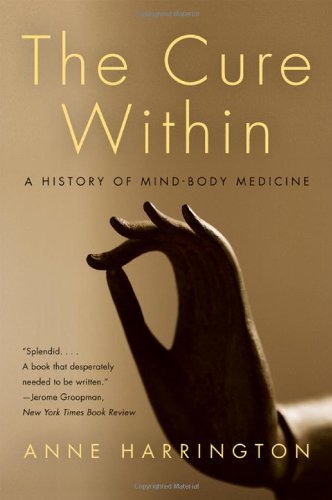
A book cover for The Cure Within: A History of Mind-Body Medicine; Anne Harrington; Medical Books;